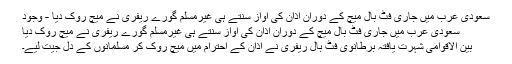
سعودی عرب میں جاری فٹ بال میچ کے دوران اذان کی آواز سنتے ہی غیرمسلم گورے ریفری نے میچ روک دیا - وجود
سعودی عرب میں جاری فٹ بال میچ کے دوران اذان کی آواز سنتے ہی غیرمسلم گورے ریفری نے میچ روک دیا
بین الاقوامی شہرت یافتہ برطانوی فٹ بال ریفری نے اذان کے احترام میں میچ روک کر مسلمانوں کے دل جیت لیے۔